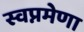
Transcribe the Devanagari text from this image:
स्वप्नमेणा